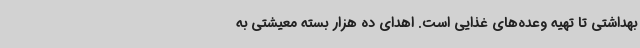
بهداشتی تا تهیه وعده‌های غذایی است. اهدای ده هزار بسته معیشتی به